Madras plague regulations and rules - Volume 1
Disease focus: Plague
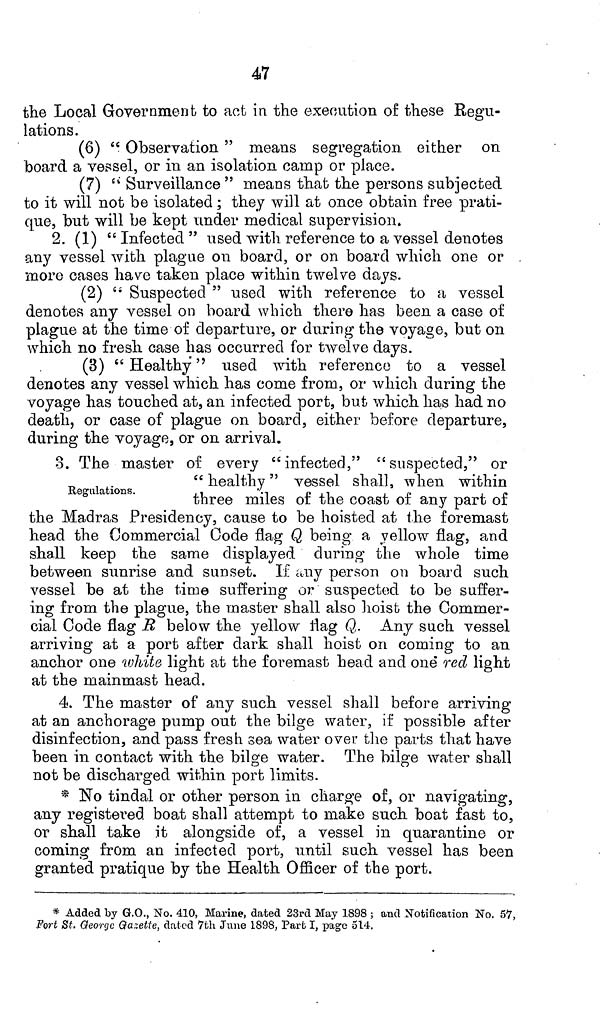
47
the Local Government to act in the execution of these Regu-
lations.
(6) " Observation " means segregation either on
board a vessel, or in an isolation camp or place.
(7) " Surveillance " means that the persons subjected
to it will not be isolated; they will at once obtain free prati-
que, but will be kept under medical supervision.
2. (1) " Infected " used with reference to a vessel denotes
any vessel with plague on board, or on board which one or
more cases have taken place within twelve days.
(2) " Suspected " used with reference to a vessel
denotes any vessel on board which there has been a case of
plague at the time of departure, or during the voyage, but on
which no fresh case has occurred for twelve days.
(3) " Healthy" used with reference to a vessel
denotes any vessel which has come from, or which during the
voyage has touched at, an infected port, but which has had no
death, or case of plague on board, either before departure,
during the voyage, or on arrival.
3. The master of every "infected," "suspected," or
" healthy" vessel shall, when within
Regulations.
three miles of the coast of any part of
the Madras Presidency, cause to be hoisted at the foremast
head the Commercial Code flag Q being a yellow flag, and
shall keep the same displayed during the whole time
between sunrise and sunset. If any person on board such
vessel be at the time suffering or suspected to be suffer-
ing from the plague, the master shall also hoist the Commer-
cial Code flag R below the yellow flag Q. Any such vessel
arriving at a port after dark shall hoist on coming to an
anchor one white light at the foremast head and one" red light
at the mainmast head.
4. The master of any such vessel shall before arriving
at an anchorage pump out the bilge water, if possible after
disinfection, and pass fresh sea water over the parts that have
been in contact with the bilge water. The bilge water shall
not be discharged within port limits.
* No tindal or other person in charge of, or navigating,
any registered boat shall attempt to make such boat fast to,
or shall take it alongside of, a vessel in quarantine or
coming from an infected port, until such vessel has been
granted pratique by the Health Officer of the port.
* Added by G.O., No. 410, Marine, dated 23rd May 1898 ; and Notification No. 57,
Fort St. George Gazetle, dated 7th June 1898, Part I, page 514.